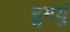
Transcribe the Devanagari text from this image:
हुमयुं